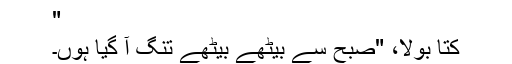
"
کتّا بولا، "صبح سے بیٹھے بیٹھے تنگ آ گیا ہوں۔